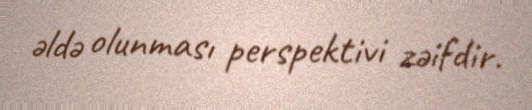
əldə olunması perspektivi zəifdir.